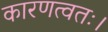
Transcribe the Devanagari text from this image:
कारणत्वतः।